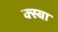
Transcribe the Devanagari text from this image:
क्स्बा